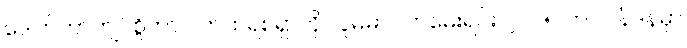
ဒေါက်တာကျင်စွိဟာ ပက်ထရစ်ရှာကို လူမမာ လာမေးရင်း ၂၀၁၅ က လန်ဒန်မှာ